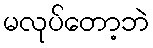
မလုပ်တော့ဘဲ